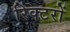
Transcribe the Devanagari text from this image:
रिक्टरों